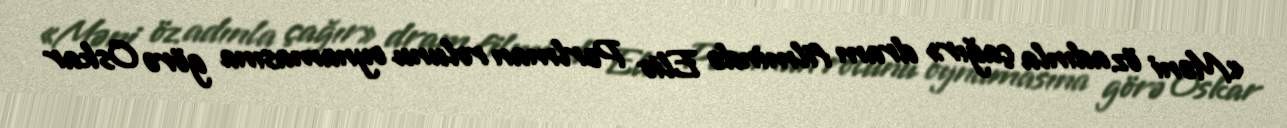
«Məni öz adınla çağır» dram filmində Elio Perlman rolunu oynamasına görə Oskar